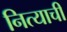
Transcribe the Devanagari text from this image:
नित्याची